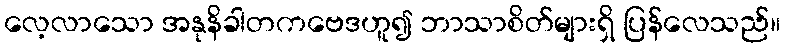
လေ့လာသော အနုနိခါတကဗေဒဟူ၍ ဘာသာစိတ်များရှိ ပြန်လေသည်။